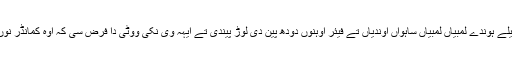
جدوں کمانڈر دے پٹھے دھیلے ہوندے لمبیاں لمبیاں ساہواں آوندیاں تے فیئر اوہنوں دودھ پین دی لوڑ پیندی تے ایہہ وی نکی ووٹی دا فرض سی کہ اوہ کمانڈر نوں دودھ گرم کر کے دیندی ۔